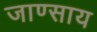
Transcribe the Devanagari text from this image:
जाण्साय